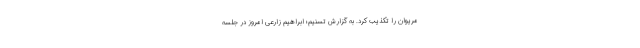
مریوان را تکذیب کرد. به گزارش تسنیم؛ ابراهیم زارعی امروز در جلسه